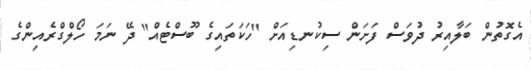
އެގޮތުން ބަލާއިރު ދުވަސް ފަށަން ސިކުނޑިއަށް "ހަކަތައިގެ ބޫސްޓެއް" ދޭ ނަމަ ހޯލްގްރެއިންގެ